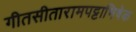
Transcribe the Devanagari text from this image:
गीतसीतारामपट्टाभिषेक